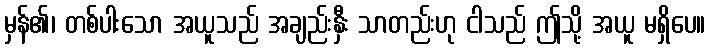
မှန်၏၊ တစ်ပါးသော အယူသည် အချည်းနှီး သာတည်းဟု ငါသည် ဤသို့ အယူ မရှိပေ။